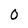
Character: 0